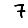
Digit: 7